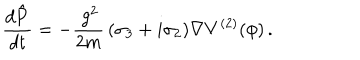
LaTeX: \frac { d \hat { { \mathbf P } } } { d t } = - \frac { \, g ^ { 2 } } { 2 m } \, ( \sigma _ { 3 } + i \sigma _ { 2 } ) { \mathbf \nabla } V ^ { ( 2 ) } ( \phi ) \, .